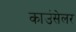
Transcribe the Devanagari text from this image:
काउंसेलर